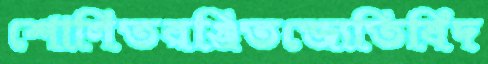
শোণিতরঞ্জিতজ্যেতির্বিদ